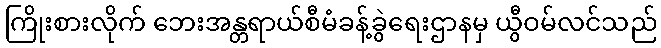
ကြိုးစားလိုက် ဘေးအန္တရာယ်စီမံခန့်ခွဲရေးဌာနမှ ယွီဝမ်လင်သည်